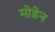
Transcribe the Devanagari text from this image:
मोडेन